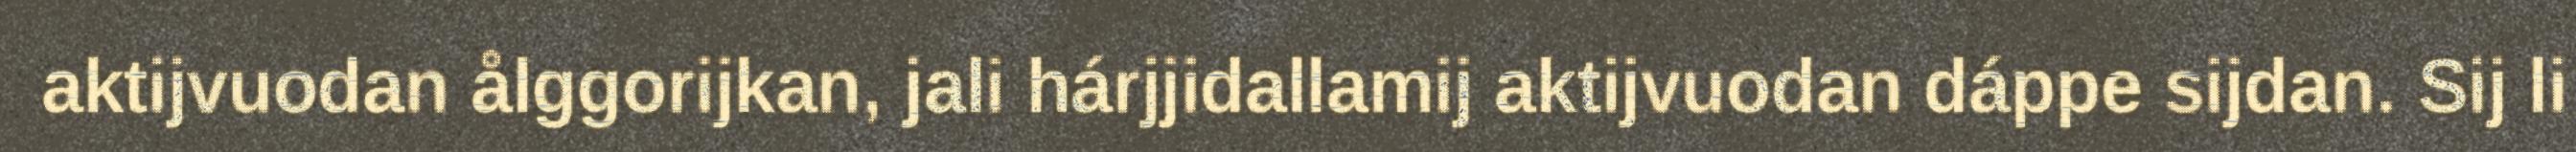
aktijvuodan ålggorijkan, jali hárjjidallamij aktijvuodan dáppe sijdan. Sij li